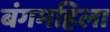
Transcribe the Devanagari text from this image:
बंगमहिला